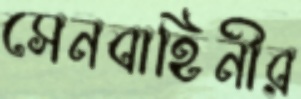
সেনবাহিনীর